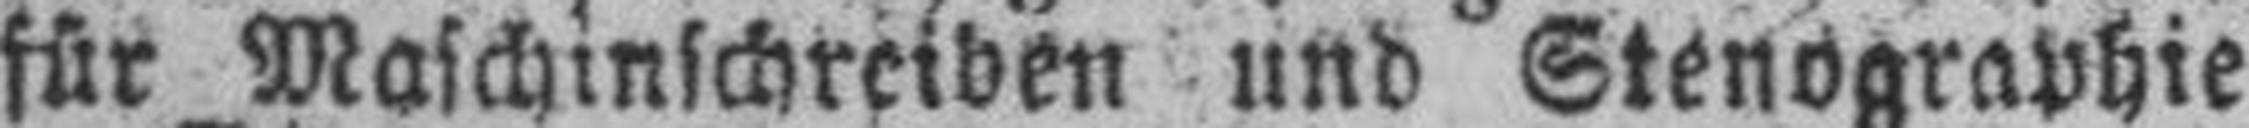
für Maschinschreiben und Stenographie